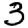
Digit: 3